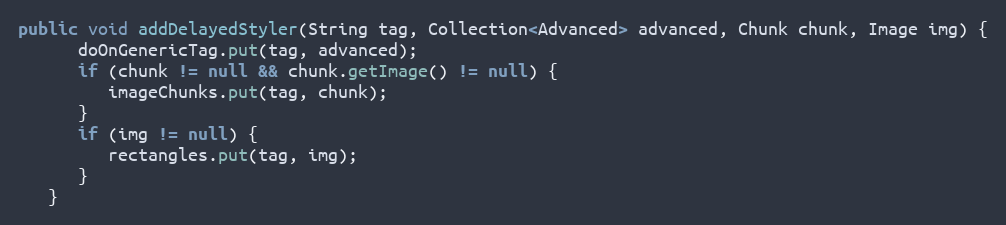
Language: Java
public void addDelayedStyler(String tag, Collection<Advanced> advanced, Chunk chunk, Image img) {
      doOnGenericTag.put(tag, advanced);
      if (chunk != null && chunk.getImage() != null) {
         imageChunks.put(tag, chunk);
      }
      if (img != null) {
         rectangles.put(tag, img);
      }
   }